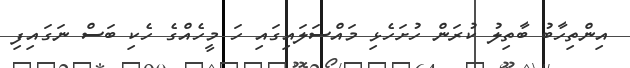
އިންތިހާބު ބާތިލު ކުރަން ހުށަހެޅި މައްސަލައިގައި ހަ މީހެއްގެ ހެކި ބަސް ނަގައިފި